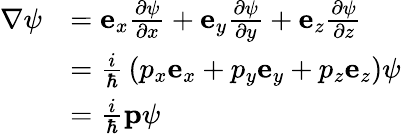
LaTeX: {\begin{array}{rl}{\nabla\psi}&{=\mathbf{e}_{x}{\frac{\partial\psi}{\partial x}}+\mathbf{e}_{y}{\frac{\partial\psi}{\partial y}}+\mathbf{e}_{z}{\frac{\partial\psi}{\partial z}}}\\ &{={\frac{i}{\hbar}}\left(p_{x}\mathbf{e}_{x}+p_{y}\mathbf{e}_{y}+p_{z}\mathbf{e}_{z}\right)\psi}\\ &{={\frac{i}{\hbar}}\mathbf{p}\psi}\end{array}}